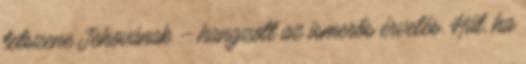
tetszene Jehovának – hangzott az ismerős érvelés. Hát, ha